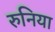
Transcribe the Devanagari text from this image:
रुनिया